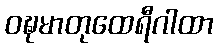
ဝဍ္ဎမာတုထေရီဂါထာ